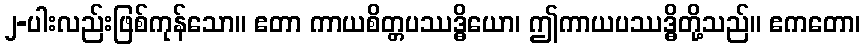
၂-ပါးလည်းဖြစ်ကုန်သော။ ဧတာ ကာယစိတ္တပဿဒ္ဓိယော၊ ဤကာယပဿဒ္ဓိတို့သည်။ ဧကတော၊